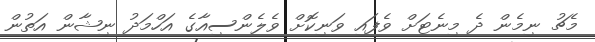
މެޗު ނިމެން ދެ މިނެޓަށް ވެފައި ވަނިކޮށް ވެލެންސިއާގެ އަހްމަދު ނިޝާން އަތުން